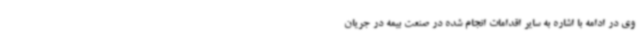
وی در ادامه با اشاره به سایر اقدامات انجام شده در صنعت بیمه در جریان